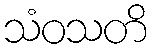
သံဝသတိ